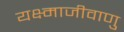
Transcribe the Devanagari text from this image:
यक्ष्माजीवाणु